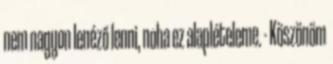
nem nagyon lenéző lenni, noha ez alaplételeme. - Köszönöm